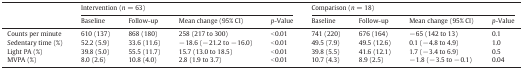
<table><thead><tr><td rowspan="2"></td><td colspan="4"><b>Intervention (<i>n</i> = 63)</b></td><td colspan="4"><b>Comparison (<i>n</i> = 18)</b></td></tr><tr><td><b>Baseline</b></td><td><b>Follow-up</b></td><td><b>Mean change (95% CI)</b></td><td><b><i>p</i>-Value</b></td><td><b>Baseline</b></td><td><b>Follow-up</b></td><td><b>Mean change (95% CI)</b></td><td><b><i>p</i>-Value</b></td></tr></thead><tbody><tr><td>Counts per minute</td><td>610 (137)</td><td>868 (180)</td><td>258 (217 to 300)</td><td>&lt; 0.01</td><td>741 (220)</td><td>676 (164)</td><td>− 65 (142 to 13)</td><td>0.1</td></tr><tr><td>Sedentary time (%)</td><td>52.2 (5.9)</td><td>33.6 (11.6)</td><td>− 18.6 (− 21.2 to − 16.0)</td><td>&lt; 0.01</td><td>49.5 (7.9)</td><td>49.5 (12.6)</td><td>0.1 (− 4.8 to 4.9)</td><td>1.0</td></tr><tr><td>Light PA (%)</td><td>39.8 (5.0)</td><td>55.5 (11.7)</td><td>15.7 (13.0 to 18.5)</td><td>&lt; 0.01</td><td>39.8 (5.5)</td><td>41.6 (12.1)</td><td>1.7 (− 3.4 to 6.9)</td><td>0.5</td></tr><tr><td>MVPA (%)</td><td>8.0 (2.6)</td><td>10.8 (4.0)</td><td>2.8 (1.9 to 3.7)</td><td>&lt; 0.01</td><td>10.7 (4.3)</td><td>8.9 (2.5)</td><td>− 1.8 (− 3.5 to − 0.1)</td><td>0.04</td></tr></tbody></table>